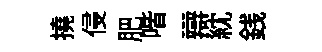
撓侵肥喈辯紞銭